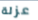
عزلة